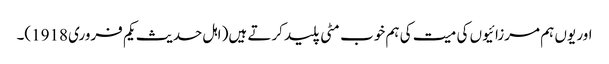
اور یوں ہم مرزائیوں کی میت کی ہم خوب مٹی پلید کرتے ہیں( اہل حدیث یکم فروری 1918)۔